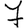
Digit: 7